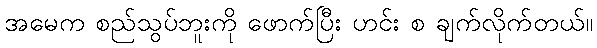
အမေက စည်သွပ်ဘူးကို ဖောက်ပြီး ဟင်း စ ချက်လိုက်တယ်။